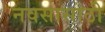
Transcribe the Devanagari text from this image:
नवसासाठी